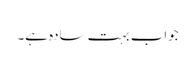
جواب بہت سادہ ہے۔